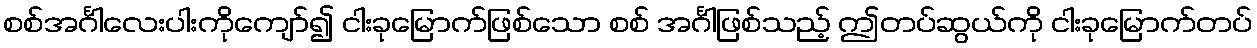
စစ်အင်္ဂါလေးပါးကိုကျော်၍ ငါးခုမြောက်ဖြစ်သော စစ် အင်္ဂါဖြစ်သည့် ဤတပ်ဆွယ်ကို ငါးခုမြောက်တပ်